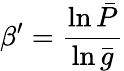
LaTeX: \beta^{\prime}=\frac{\ln\bar{P}}{\ln\bar{g}}